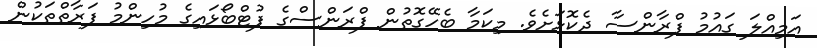
އަމިއްލަ ގައުމު ފްރާންސާ ދެކޮޅަށެވެ. މިކަމާ ބެހޭގޮތުން ފްރަންސްގެ ފުޓްބޯޅައިގެ މުހިންމު ފަރާތްތަކުން